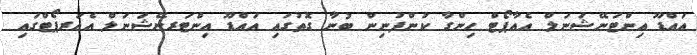
އައްޑޫ އިންޓަނޭޝަނަލް އެއާޕޯޓް ހިންގާ ކުންފުނިން ބުނާ ގޮތުގައި އައްޑޫ އިންޓަރނޭޝަނަލް އެއަރޕޯޓްގައި